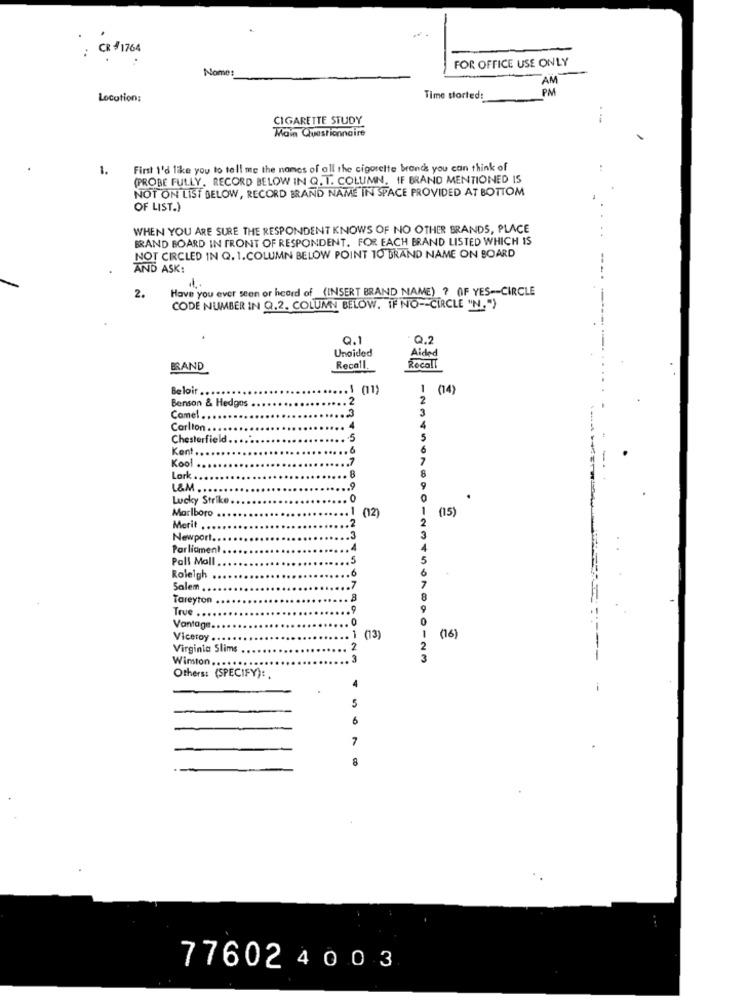
: CR # 1764
FOR OFFICE USE ONLY
Nome:
AM
PM
Location:
Time storted:
CIGARETTE STUDY
Main Questionnaire
1.
First I'd like you to tell me the names of all the cigarette brands you can think of
(PROBE FULLY, RECORD BELOW IN Q. T. COLUMN, IF BRAND MENTIONED IS
NOT ON LIST BELOW, RECORD BRAND NAME IN SPACE PROVIDED AT BOTTOM
OF LIST.)
WHEN YOU ARE SURE THE RESPONDENT KNOWS OF NO OTHER BRANDS, PLACE
BRAND BOARD IN FRONT OF RESPONDENT. FOR EACH BRAND LISTED WHICH IS
NOT CIRCLED IN Q. 1.COLUMN BELOW POINT TO BRAND NAME ON BOARD
AND ASK:
1.
Have you ever seen or heard of (INSERT BRAND NAME) ? (IF YES -- CIRCLE
2.
CODE NUMBER IN Q.2. COLUMN BELOW. IF NO -- CIRCLE "N. ")
0.1
Q.2
Unaided
Recall
Aided
BRAND
Recall.
Beloir ..
.1 (11)
1
(14)
Benson & Hedgos
.. 2
2
3
3
Camel.
Carlton ...
.... 4
Chesterfield ..
....- 5
5
Kent ..
.. 6
Kool .
7
Lark
L&M ...
Lucky Strike
Marlboro
-
(15)
2
(12)
Merit ..
Newport ..
.. 3
Parliament.
.4
Pall Mall
.. 5
..... 6
Roleigh
Salem .
.7
Tareyton
... 8
9
True ....
O
Vantage
Viceroy ..
1 (13)
(16)
Virginta Slims
2
Winston ......
3
--
Others: (SPECIFY):
4
5
6
7
8
77602 4 0 03